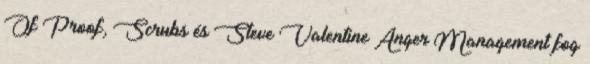
Of Proof, Scrubs és Steve Valentine Anger Management fog